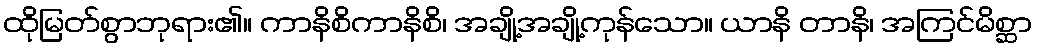
ထိုမြတ်စွာဘုရား၏။ ကာနိစိကာနိစိ၊ အချို့အချို့ကုန်သော။ ယာနိ တာနိ၊ အကြင်မိစ္ဆာ